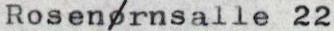
Rosenørnsalle 22